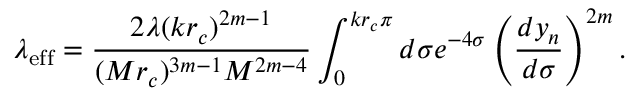
\lambda _ { \mathrm { \tiny { e f f } } } = \frac { 2 \lambda ( k r _ { c } ) ^ { 2 m - 1 } } { ( M r _ { c } ) ^ { 3 m - 1 } M ^ { 2 m - 4 } } \int _ { 0 } ^ { k r _ { c } \pi } d \sigma e ^ { - 4 \sigma } \left( \frac { d y _ { n } } { d \sigma } \right) ^ { 2 m } .